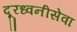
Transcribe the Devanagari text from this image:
दूरध्वनीसेवा